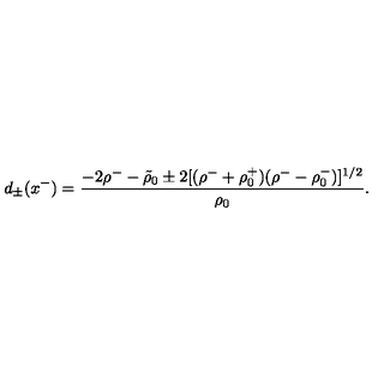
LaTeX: d _ { \pm } ( x ^ { - } ) = { \frac { - 2 \rho ^ { - } - \tilde { \rho } _ { 0 } \pm 2 [ ( \rho ^ { - } + \rho _ { 0 } ^ { + } ) ( \rho ^ { - } - \rho _ { 0 } ^ { - } ) ] ^ { 1 / 2 } } { \rho _ { 0 } } } .